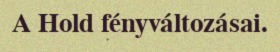
A Hold fényváltozásai.